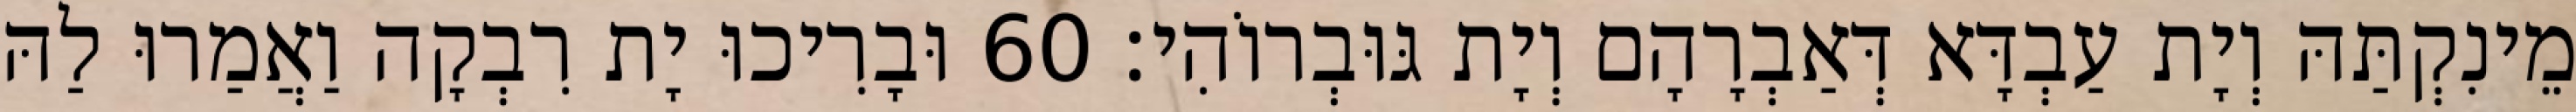
מֵינִקְתַּהּ וְיָת עַבְדָּא דְּאַבְרָהָם וְיָת גּוּבְרוֹהִי׃ 60 וּבָרִיכוּ יָת רִבְקָה וַאֲמַרוּ לַהּ